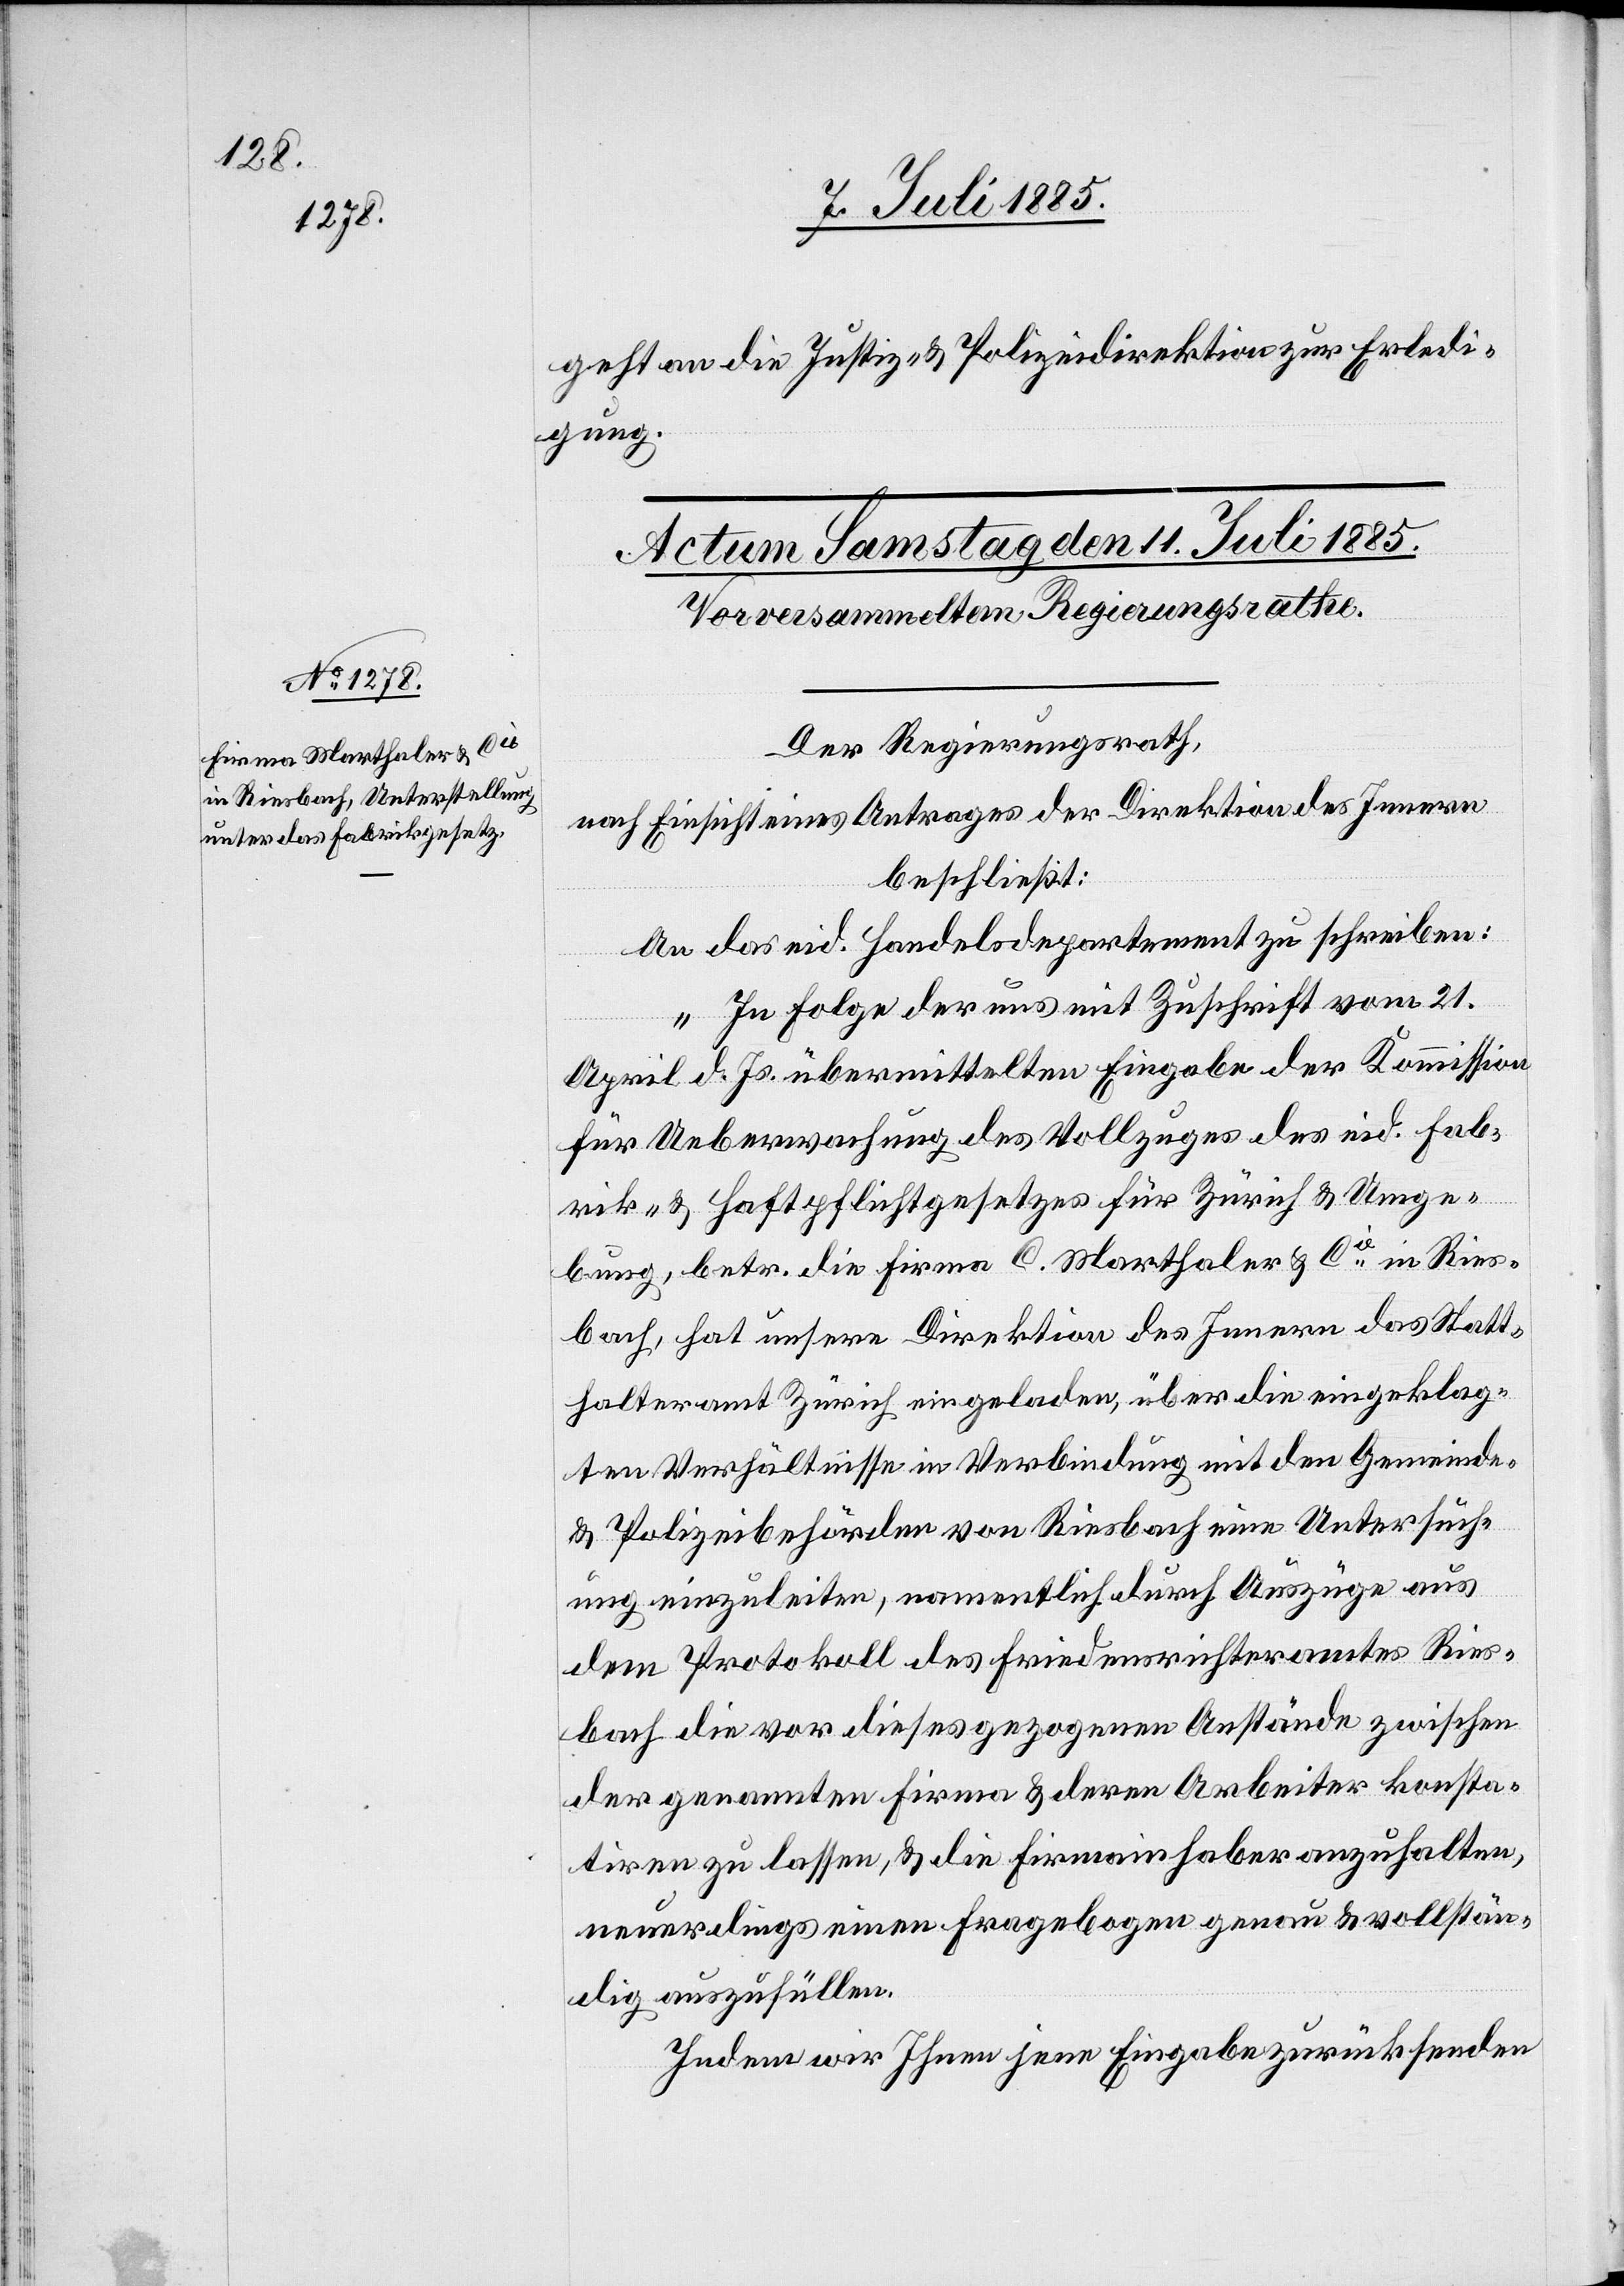
geht an die Justiz- & Polizeidirektion zur Erledi¬
gung.
Der Regierungsrath,
nach Einsicht eines Antrages der Direktion des Innern,
beschließt:
An das eid. Handelsdepartement zu schreiben:
„In Folge der uns mit Zuschrift vom 21.
April d. Js. übermittelten Eingabe der Kommission
für Ueberwachung des Vollzuges des eid. Fab¬
rik- & Haftpflichtgesetzes für Zürich & Umge¬
bung, betr. die Firma C. Marthaler & Cie in Ries¬
bach, hat unsere Direktion des Innern das Statt¬
halteramt Zürich eingeladen, über die eingeklag¬
ten Verhältnisse in Verbindung mit den Gemeinde-
& Polizeibehörden von Riesbach eine Untersuch¬
ung einzuleiten, namentlich durch Auszüge aus
dem Protokoll des Friedensrichteramtes Ries¬
bach die vor dieses gezogene Anstände zwischen
der genannten Firma & deren Arbeiter konsta¬
tiren zu lassen, & die Firmainhaber anzuhalten,
neuerdings einen Fragebogen genau & vollstän¬
dig auszufüllen.
Indem wir Ihnen jene Eingabe zurücksenden